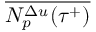
\overline { { N _ { p } ^ { \Delta u } ( \tau ^ { + } ) } }